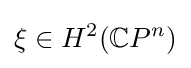
\xi \in H^{2}({\mathbb {C} }P^{n})